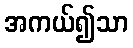
အကယ်၍သာ